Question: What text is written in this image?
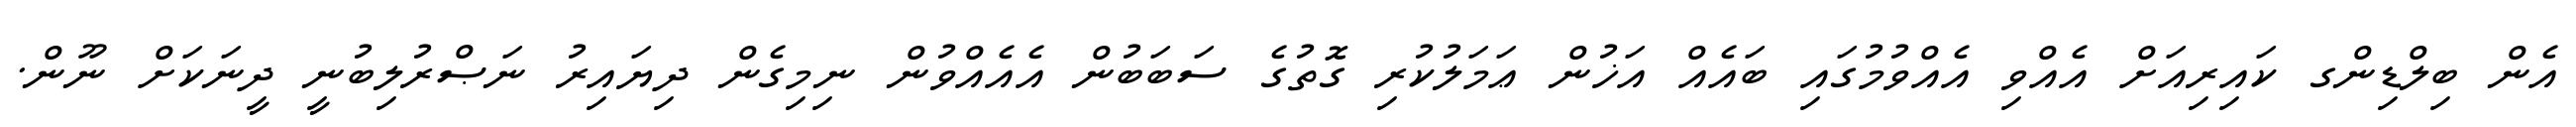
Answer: އެން ބިލްޑިންގ ކައިރިއަށް އެއްވި އެއްވުމުގައި ބައެއް އަޚުން ޢަމަލުކުރި ގޮތުގެ ސަބަބުން އެއެއްވުން ނިމިގެން ދިޔައިރު ނަޞްރުލިބުނީ ދީނަކަށް ނޫން.